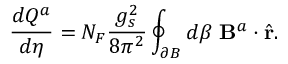
\frac { d Q ^ { a } } { d \eta } = N _ { F } \frac { g _ { s } ^ { 2 } } { 8 \pi ^ { 2 } } \oint _ { \partial B } d \beta \ { \bf B } ^ { a } \cdot \hat { \bf r } .